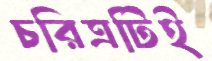
চরিত্রটিই